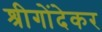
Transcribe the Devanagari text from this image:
श्रीगोंदेकर